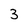
Character: 3